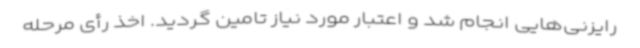
رایزنی‌هایی انجام شد و اعتبار مورد نیاز تامین گردید. اخذ رأی مرحله